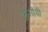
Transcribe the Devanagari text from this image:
क्रूसोयी